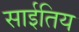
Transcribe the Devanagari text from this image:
साईतिय